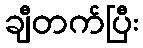
ချီတက်ပြီး